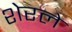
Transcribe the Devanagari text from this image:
शेरले